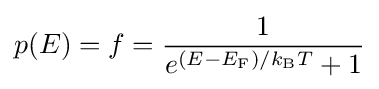
p(E)=f={\frac {1}{e^{(E-E_{\rm {F}})/k_{\rm {B}}T}+1}}